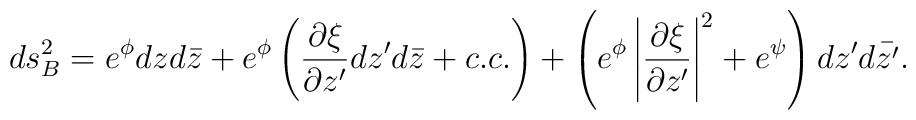
ds^2_{B}= e^{\phi}dz d\bar{z} + e^\phi\left(\frac{\partial \xi}{\partial z'} dz'd\bar{z}+ c.c.\right)+\left(e^\phi \left|\frac{\partial \xi}{\partial z'} \right|^2+ e^{\psi} \right) dz'd\bar{z'} .